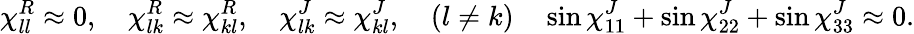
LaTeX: \chi_{ll}^{R}\approx 0,\quad\chi_{lk}^{R}\approx\chi_{kl}^{R},\quad\chi_{lk}^{J}\approx\chi_{kl}^{J},\quad(l\neq k)\quad\sin\chi_{11}^{J}+\sin\chi_{22}^{J}+\sin\chi_{33}^{J}\approx 0.